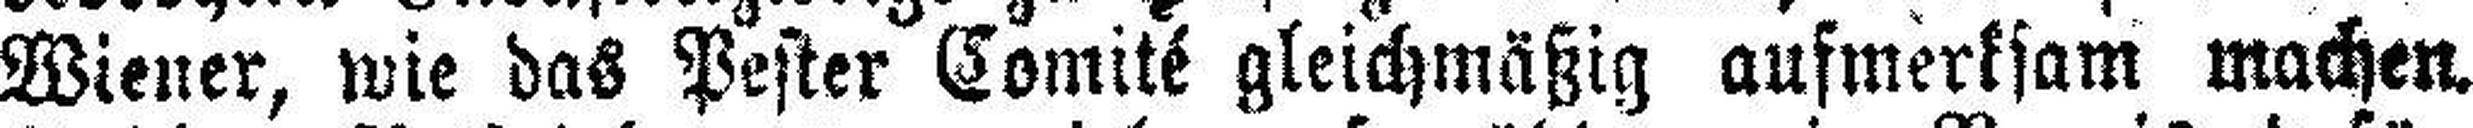
Wiener, wie das Pester Comité gleichmäßig aufmerksam machen.